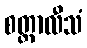
စတ္တာလီသံ